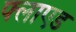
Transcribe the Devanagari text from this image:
फ्लाएड